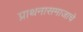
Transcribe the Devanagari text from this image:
प्राथनासमाजाचे